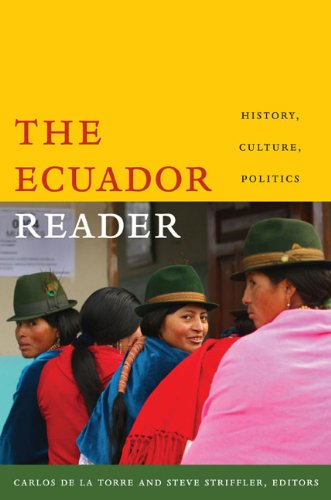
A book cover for The Ecuador Reader: History, Culture, Politics (The Latin America Readers); Literature & Fiction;